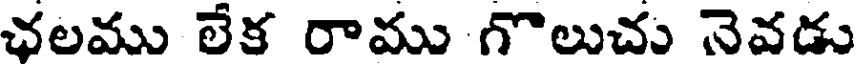
ఛలము లేక రాము గొలుచు నెవడు